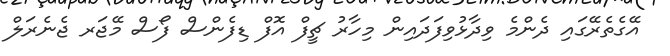
އޭގެތެރޭގައި ދެންމެ ވިދާޅުވިފަދައިން މިހާރު ޗީފް އޮފް ޑިފެންސް ފޯސް މޭޖަރ ޖެނެރަލް